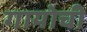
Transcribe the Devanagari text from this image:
गायोची